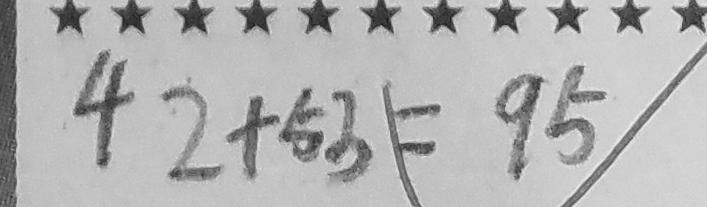
4 2 + 5 3 = 9 5